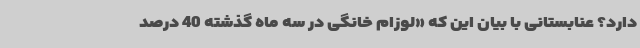
دارد؟ عنابستانی با بیان این که «لوزام خانگی در سه ماه گذشته 40 درصد